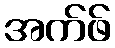
အက်ဖ်